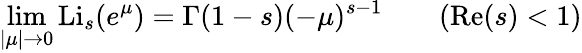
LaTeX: \operatorname*{lim}_{|\mu|\to 0}\operatorname{Li}_{s}(e^{\mu})=\Gamma(1-s)(-\mu)^{s-1}\qquad(\operatorname{Re}(s)<1)